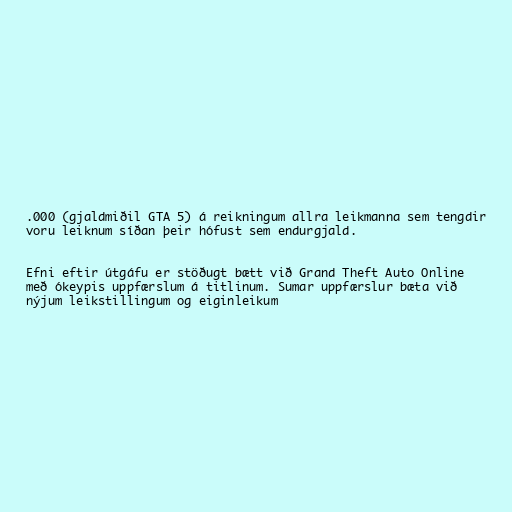
.000 (gjaldmiðil GTA 5) á reikningum allra leikmanna sem tengdir
voru leiknum síðan þeir hófust sem endurgjald.

Efni eftir útgáfu er stöðugt bætt við Grand Theft Auto Online
með ókeypis uppfærslum á titlinum. Sumar uppfærslur bæta við
nýjum leikstillingum og eiginleikum